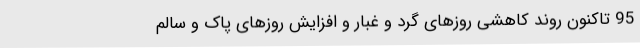
95 تاکنون روند کاهشی روزهای گرد و غبار و افزایش روزهای پاک و سالم